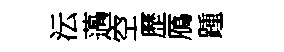
沄薖空歷鴈踵